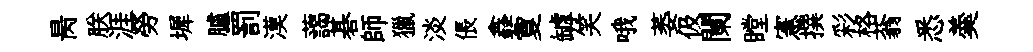
昺朕涯勞墀臚罰漠藹碁師獵淡倀鑫夐罅笑哦萎伋闌瞠憲撰彩格蓊悉羮